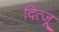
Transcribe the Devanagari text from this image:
दित्जू